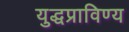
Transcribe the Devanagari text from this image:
युद्धप्राविण्य